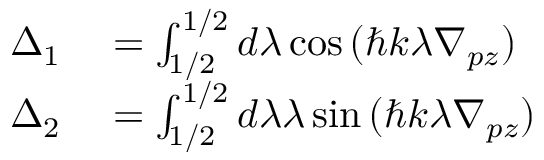
\begin{array} { r l } { \Delta _ { 1 } } & { { } = \int _ { 1 / 2 } ^ { 1 / 2 } d \lambda \cos { ( \hbar k \lambda \nabla _ { p z } ) } } \\ { \Delta _ { 2 } } & { { } = \int _ { 1 / 2 } ^ { 1 / 2 } d \lambda \lambda \sin { ( \hbar k \lambda \nabla _ { p z } ) } } \end{array}